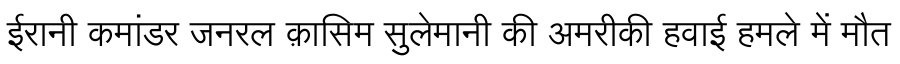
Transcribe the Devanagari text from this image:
ईरानी कमांडर जनरल क़ासिम सुलेमानी की अमरीकी हवाई हमले में मौत